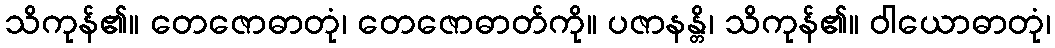
သိကုန်၏။ တေဇောဓာတုံ၊ တေဇောဓာတ်ကို။ ပဇာနန္တိ၊ သိကုန်၏။ ဝါယောဓာတုံ၊